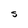
Character: S